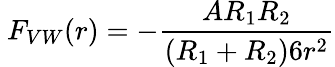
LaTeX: \ F_{VW}(r)=-{\frac{AR_{1}R_{2}}{(R_{1}+R_{2})6r^{2}}}